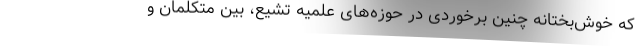
که خوش‌بختانه چنین برخوردی در حوزه‌های علمیه تشیع، بین متکلمان و